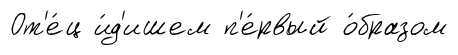
От'е́ц и́д'ишем п'е́рвый о́бразом